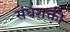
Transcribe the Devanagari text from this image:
संघशक्ती